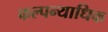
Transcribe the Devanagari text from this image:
कल्पन्याधिक